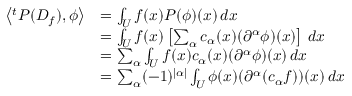
{ \begin{array} { r l } { \left\langle ^ { t } P ( D _ { f } ) , \phi \right\rangle } & { = \int _ { U } f ( x ) P ( \phi ) ( x ) \, d x } \\ & { = \int _ { U } f ( x ) \left[ \sum _ { \alpha } c _ { \alpha } ( x ) ( \partial ^ { \alpha } \phi ) ( x ) \right] \, d x } \\ & { = \sum _ { \alpha } \int _ { U } f ( x ) c _ { \alpha } ( x ) ( \partial ^ { \alpha } \phi ) ( x ) \, d x } \\ & { = \sum _ { \alpha } ( - 1 ) ^ { | \alpha | } \int _ { U } \phi ( x ) ( \partial ^ { \alpha } ( c _ { \alpha } f ) ) ( x ) \, d x } \end{array} }